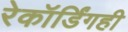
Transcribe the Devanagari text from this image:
रेकॉर्डिंगही